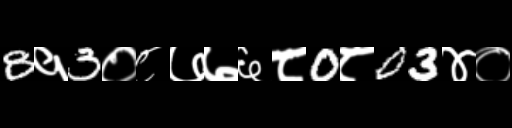
Text: 8१3०८७७६८0८03४०